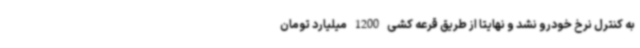
به کنترل نرخ خودرو نشد و نهایتاً از طریق قرعه کشی 1200 میلیارد تومان